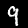
Digit: 9